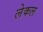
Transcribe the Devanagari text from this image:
लेकल